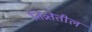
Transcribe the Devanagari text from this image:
तिव्रतेतील